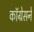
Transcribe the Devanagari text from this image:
कॉग्रेसने